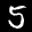
Label: 5